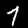
Label: 7